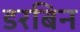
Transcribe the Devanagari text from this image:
डरबिन